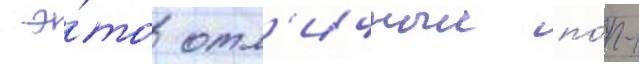
 э́то отл'ичныи по́п-